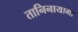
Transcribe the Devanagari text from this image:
तानिनायागा